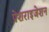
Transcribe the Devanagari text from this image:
प्रेशराइजेशन